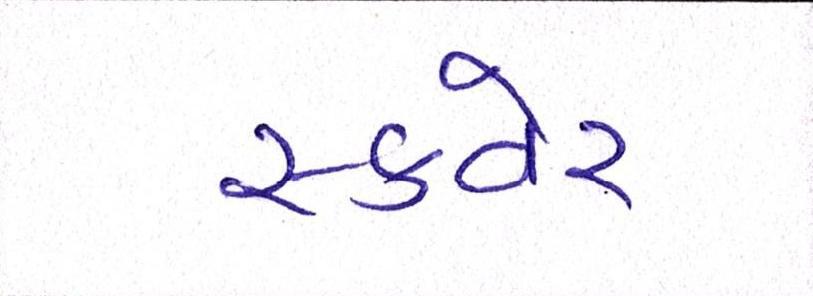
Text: સ્કવેર